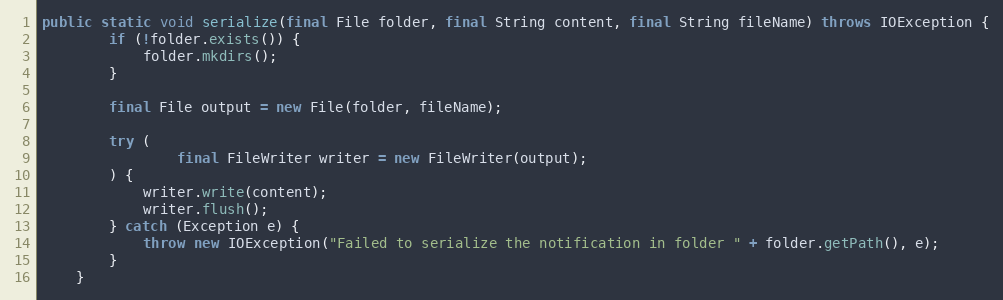
Language: Java
public static void serialize(final File folder, final String content, final String fileName) throws IOException {
        if (!folder.exists()) {
            folder.mkdirs();
        }

        final File output = new File(folder, fileName);

        try (
                final FileWriter writer = new FileWriter(output);
        ) {
            writer.write(content);
            writer.flush();
        } catch (Exception e) {
            throw new IOException("Failed to serialize the notification in folder " + folder.getPath(), e);
        }
    }